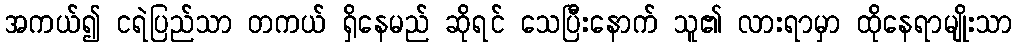
အကယ်၍ ငရဲပြည်သာ တကယ် ရှိနေမည် ဆိုရင် သေပြီးနောက် သူ၏ လားရာမှာ ထိုနေရာမျိုးသာ